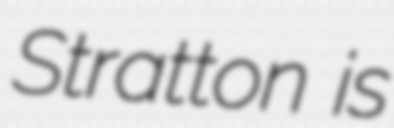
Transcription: Stratton is